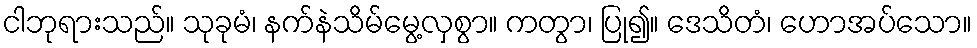
ငါဘုရားသည်။ သုခုမံ၊ နက်နဲသိမ်မွေ့လှစွာ။ ကတွာ၊ ပြု၍။ ဒေသိတံ၊ ဟောအပ်သော။